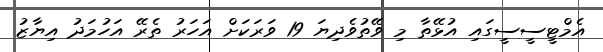
އެމްޓީސީސީގައި އުޅޭތާ މި ވޭތުވެދިޔަ 19 ވަރަކަށް އަހަރު ތެރޭ އަހުމަދު އިޔާޒު